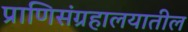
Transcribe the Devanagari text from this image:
प्राणिसंग्रहालयातील